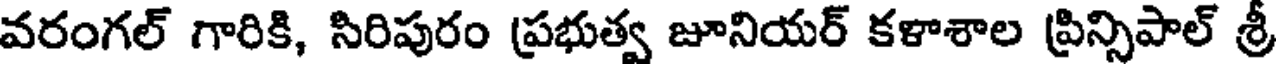
వరంగల్ గారికి, సిరిపురం ప్రభుత్వ జూనియర్ కళాశాల ప్రిన్సిపాల్ శ్రీ